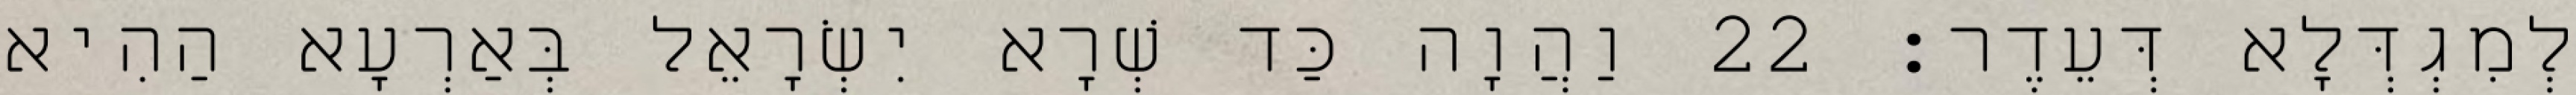
לְמִגְדְּלָא דְּעֵדֶר׃ 22 וַהֲוָה כַּד שְׁרָא יִשְׂרָאֵל בְּאַרְעָא הַהִיא